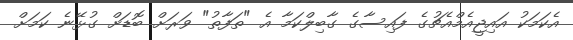
އެކަމަކު އައިޖީއެމްއެޗުގެ ފައިސާގެ ގާބިލްކަމާ އެ "ތަފާތު" ވަރަށް ބޮޑަށް ގުޅޭނެ ކަމަށް